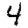
Digit: 4